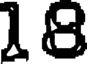
18